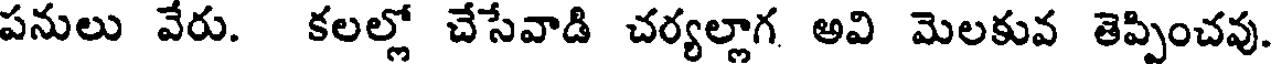
పనులు వేరు. కలల్లో చేసేవాడి చర్యల్లాగ అవి మెలకువ తెప్పించవు.